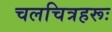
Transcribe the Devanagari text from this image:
चलचित्रहरूः